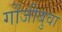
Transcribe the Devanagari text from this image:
गोंजीबुवा